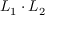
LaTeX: L _ { 1 } \cdot L _ { 2 }